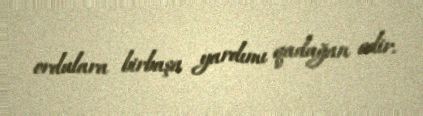
ordulara birbaşa yardımı qadağan edir.